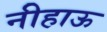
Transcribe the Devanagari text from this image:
नीहाऊ